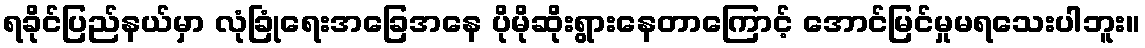
ရခိုင်ပြည်နယ်မှာ လုံခြုံရေးအခြေအနေ ပိုမိုဆိုးရွားနေတာကြောင့် အောင်မြင်မှုမရသေးပါဘူး။